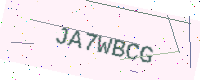
Text: JA7WBCG